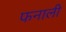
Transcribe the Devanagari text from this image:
फनाली